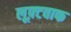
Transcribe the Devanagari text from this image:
लूफ़्टवाफ